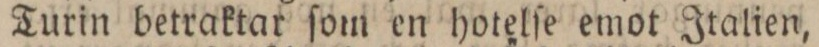
Turin betraktar ſom en hotelſe emot Italien,